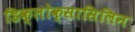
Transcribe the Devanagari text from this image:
डिक्लोक्सासिलिन